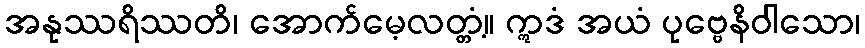
အနုဿရိဿတိ၊ အောက်မေ့လတ္တံ့။ ဣဒံ အယံ ပုဗ္ဗေနိဝါသော၊